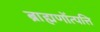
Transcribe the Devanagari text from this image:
ब्राह्मणोंत्पत्ति